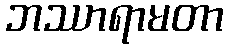
ဘဿာရာမတာ